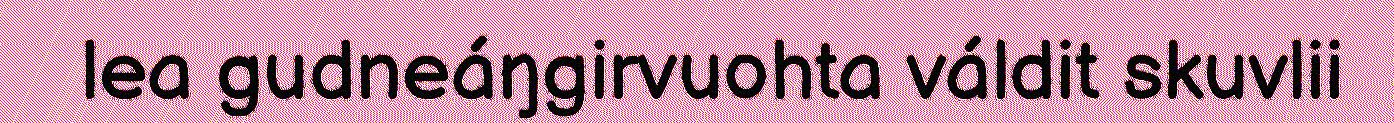
lea gudneáŋgirvuohta váldit skuvlii